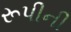
રૂપીની